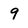
Character: 9